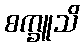
စက္ခူသိ